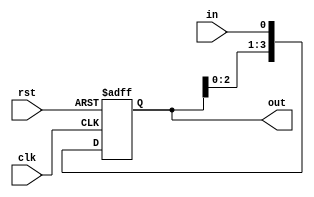
module shiftLeftReg_4bit (
    input clk,
    input rst,
    input in,
    output reg [3:0] out
);

    always @(posedge clk or posedge rst)
        begin
            if (rst)
                out <= 4'b0;
            else
                out <= {out[2:0], in};        
        end

endmodule